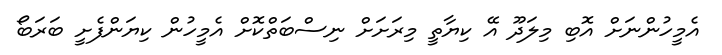
އެމީހުންނަށް އޮބި މިލަދޫ އޭ ކިޔާތީ މިރަށަށް ނިސްބަތްކޮށް އެމީހުން ކިޔަންފެށީ ބަރަބޯ